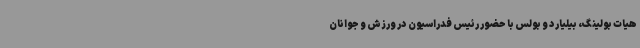
هیات بولینگ، بیلیارد و بولس با حضور رئیس فدراسیون در ورزش و جوانان